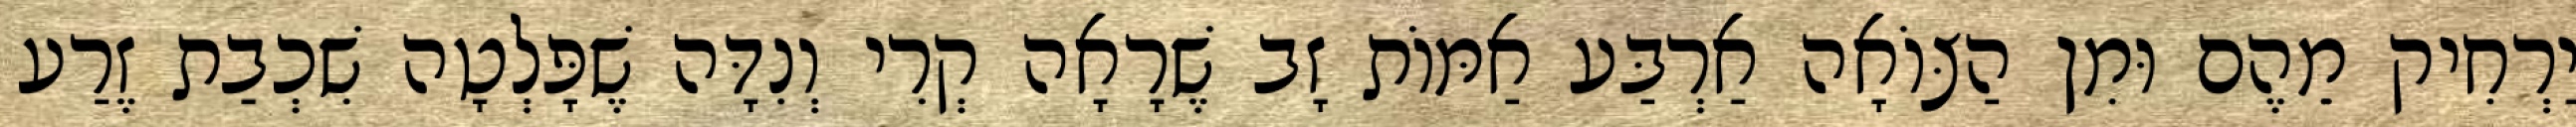
יַרְחִיק מֵהֶם וּמִן הַצּוֹאָה אַרְבַּע אַמּוֹת זָב שֶׁרָאָה קְרִי וְנִדָּה שֶׁפָּלְטָה שִׁכְבַת זֶרַע